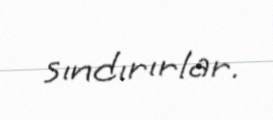
sındırırlar.